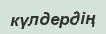
күлдердің